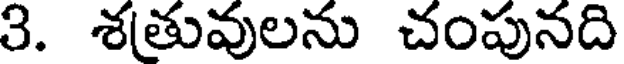
3. శతువులను చంపునది